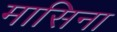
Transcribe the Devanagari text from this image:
मासिना